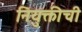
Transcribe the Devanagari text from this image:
नियुक्तीची